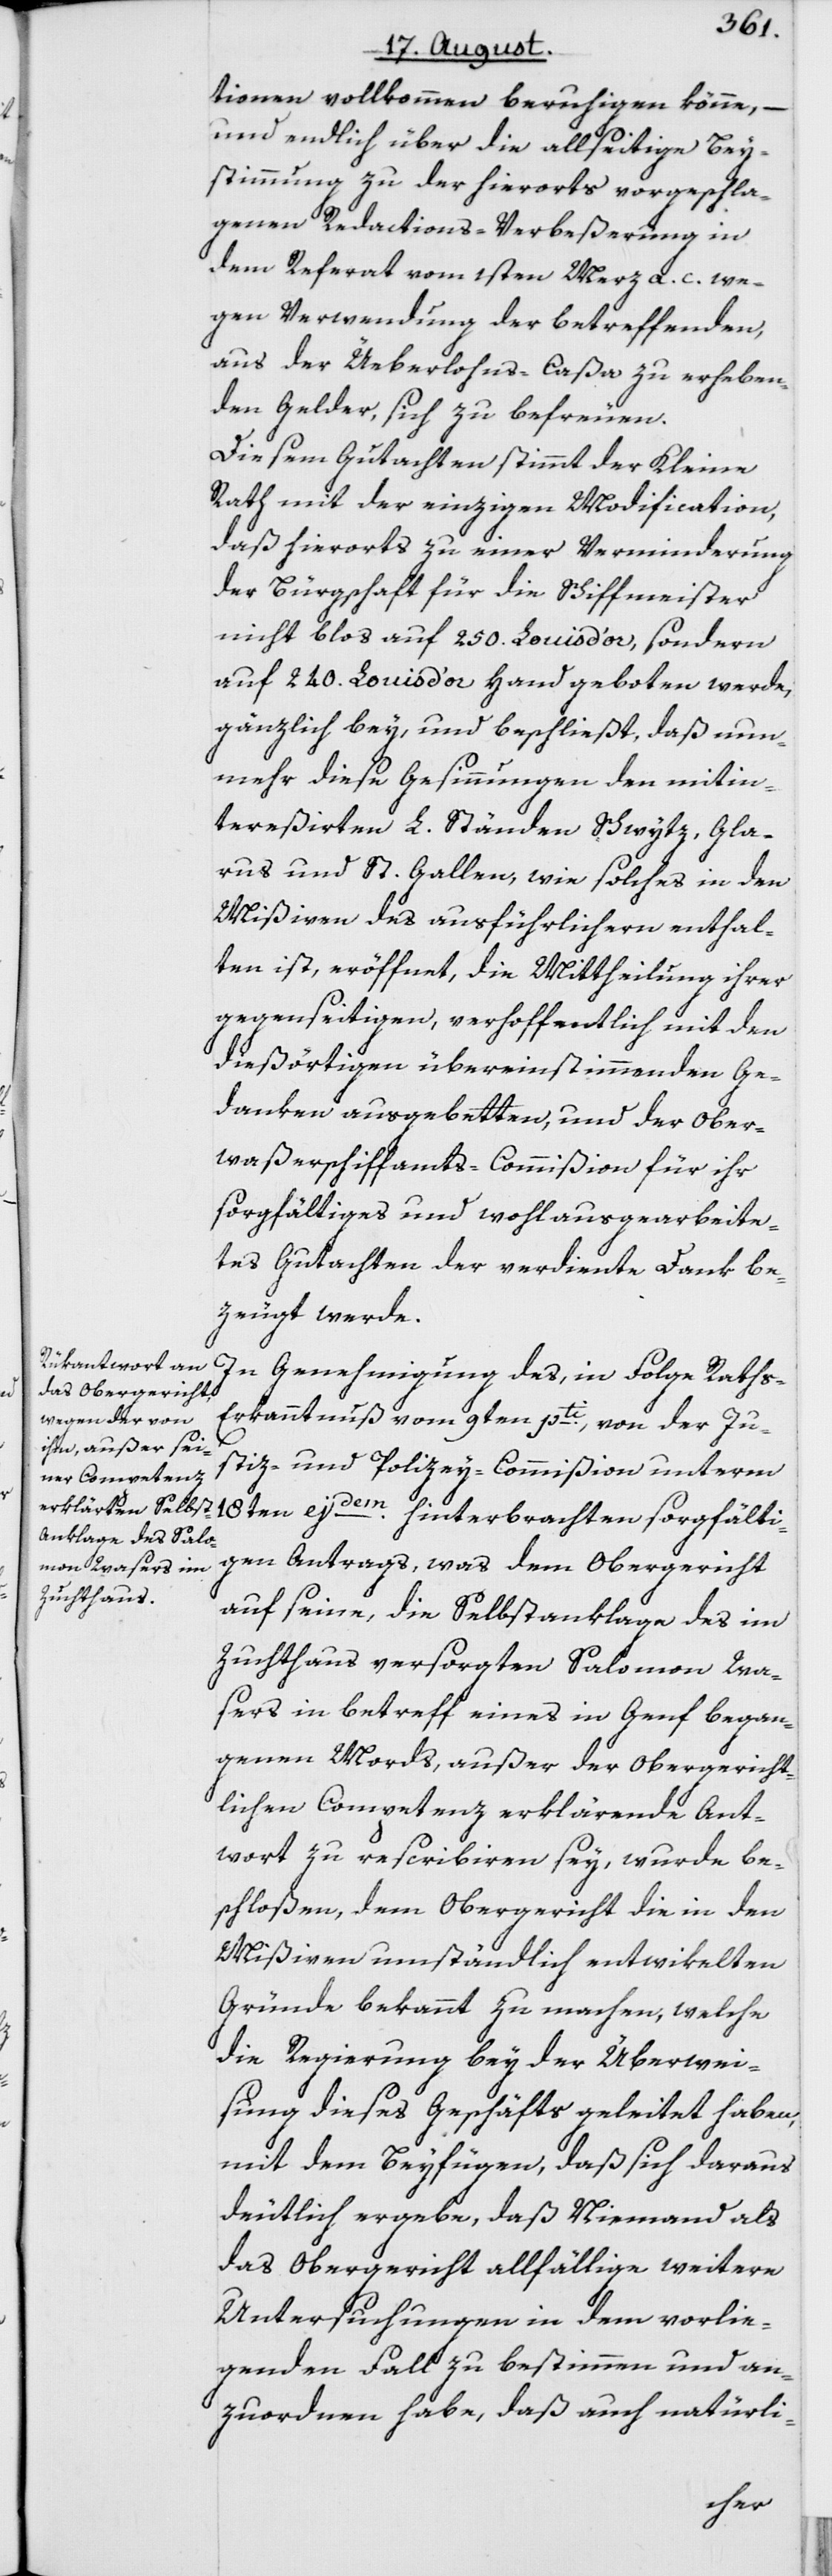
tionen vollkommen beruhigen könne, –
und endlich über die allseitige Bey¬
stimmung zu der hierorts vorgeschla¬
genen Redactions-Verbeßerung in
dem Referat vom 1sten Merz a. c. we¬
gen Verwendung der betreffenden,
aus der Ueberlohns-Caßa zu erheben¬
den Gelder, sich zu befreuen.
Diesem Gutachten stimmt der Kleine
Rath mit der einzigen Modification,
daß hierorts zu einer Verminderung
der Bürgschaft für die Schiffmeister
nicht blos auf 250. Louis d’or, sondern
auf 240. Louis d’or Hand geboten werde,
gänzlich bey, und beschließt, daß nun¬
mehr diese Gesinnungen den mitin¬
tereßirten L. Ständen Schwytz, Gla¬
rus und St. Gallen, wie solches in den
Mißiven des ausführlichern enthal¬
ten ist, eröffnet, die Mittheilung ihrer
gegenseitigen, verhoffentlich mit den
dießörtigen übereinstimmenden Ge¬
danken ausgebetten, und der Ober¬
waßerschiffamts-Commißion für ihr
sorgfältiges und wohlausgearbeite¬
tes Gutachten der verdiente Dank be¬
zeugt werde.
In Genehmigung des, in Folge Raths-E¬
rkanntnuß vom 9ten pti., von der Ju¬
stiz- und Polizey-Commißion unterm
18ten ejdem. hinterbrachten sorgfälti¬
gen Antrags, was dem Obergericht
auf seine, die Selbstanklage des im
Zuchthaus versorgten Salomon Wa¬
sers in betreff eines in Genf began¬
genen Mords, außer der Obergericht¬
lichen Competenz erklärende Ant¬
wort zu rescribiren sey, wurde be¬
schloßen, dem Obergericht die in den
Mißiven umständlich entwikelten
Gründe bekannt zu machen, welche
die Regierung bey der Überwei¬
sung dieses Geschäfts geleitet haben,
mit dem Beyfügen, daß sich daraus
deutlich ergebe, daß Niemand als
das Obergericht allfällige weitere
Untersuchungen in dem vorlie¬
genden Fall zu bestimmen und an¬
zuordnen habe, daß auch natürli-